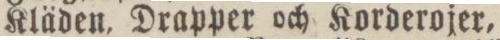
Kläden, Drapper och Korderojer,